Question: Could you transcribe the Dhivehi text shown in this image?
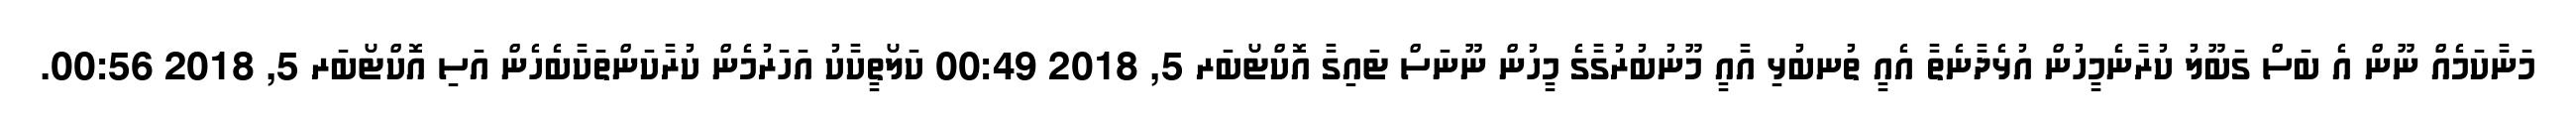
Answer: މަނާކަމެއް ނޫން އެ ބަސް ގަބޫލު ކުރާނެމީހުން އުޅެދާނެތާ އެއީ ތުނބުޅި އާއީ މޫނުބުރުގާގެ މީހުން ނޫނަސް ޓައިގާ އޮކްޓޯބަރ 5, 2018 00:49 ކަލޯތީކާކު އަހަރުމެން ކުރާކަންތަކާބެހެން އަސި އޮކްޓޯބަރ 5, 2018 00:56.